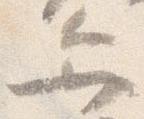
弁